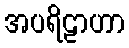
အပရိဠာဟာ